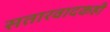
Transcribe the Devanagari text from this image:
सतारवादकही